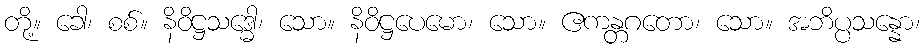
တို့။ ခေါ၊ စစ်။ နိဝိဋ္ဌသဒ္ဓေါ၊ သော။ နိဝိဋ္ဌပေမော၊ သော။ ဧကန္တဂတော၊ သော။ အဘိပ္ပသန္နော၊